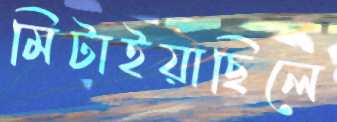
মিটাইয়াছিলে